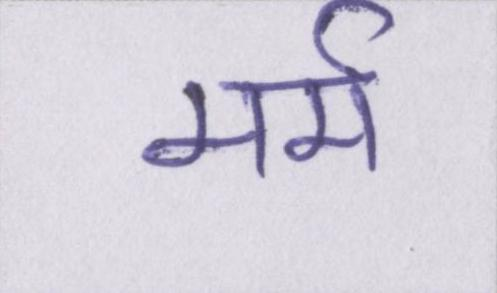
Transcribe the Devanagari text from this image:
मर्म